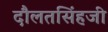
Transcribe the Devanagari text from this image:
दौलतसिंहजी